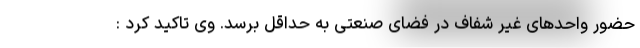
حضور واحدهای غیر شفاف در فضای صنعتی به حداقل برسد. وی تاکید کرد :